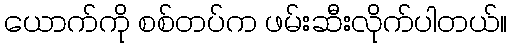
ယောက်ကို စစ်တပ်က ဖမ်းဆီးလိုက်ပါတယ်။